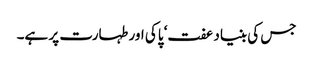
جس کی بنیاد عفت‘ پاکی اور طہارت پر ہے۔